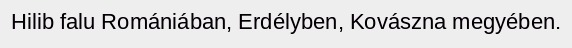
Hilib falu Romániában, Erdélyben, Kovászna megyében.